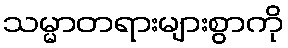
သမ္မာတရားများစွာကို